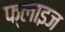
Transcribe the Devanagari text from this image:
फ्लाइज